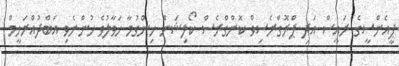
ޕީއެންސީގެ ރައީސް އަދި ޕްރޮގްރެސިވް ކޮންގްރެސް ކޯލިޝަން ހިންގުމާ ހަވާލުވެ ހުންނެވި އަބްދުއްރަހީމް